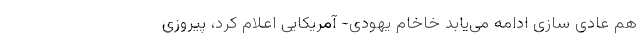
هم عادی سازی ادامه می‌یابد خاخام یهودی- آمریکایی اعلام کرد، پیروزی